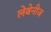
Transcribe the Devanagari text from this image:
लेबेनीज